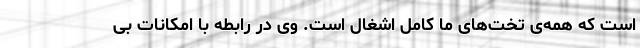
است که همه‌ی تخت‌های ما کامل اشغال است. وی در رابطه با امکانات بی